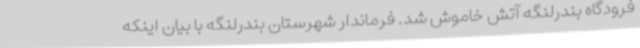
فرودگاه بندرلنگه آتش خاموش شد. فرماندار شهرستان بندرلنگه با بیان اینکه